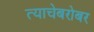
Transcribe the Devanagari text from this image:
त्याचेबरोबर